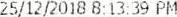
25/12/2018 8:13:39 PM